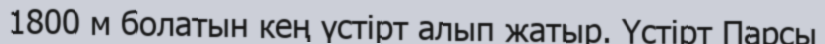
1800 м болатын кең үстірт алып жатыр. Үстірт Парсы